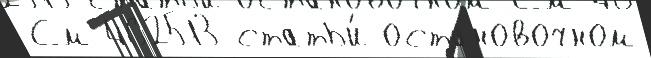
См 462513 статьи́ остановочном